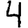
Digit: 4